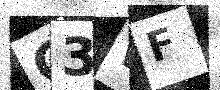
Text: C3WF